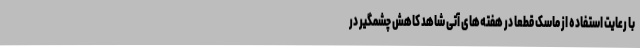
با رعایت استفاده از ماسک قطعا در هفته‌های آتی شاهد کاهش چشمگیر در